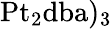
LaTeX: \mathrm{Pt_{2}dba)_{3}}